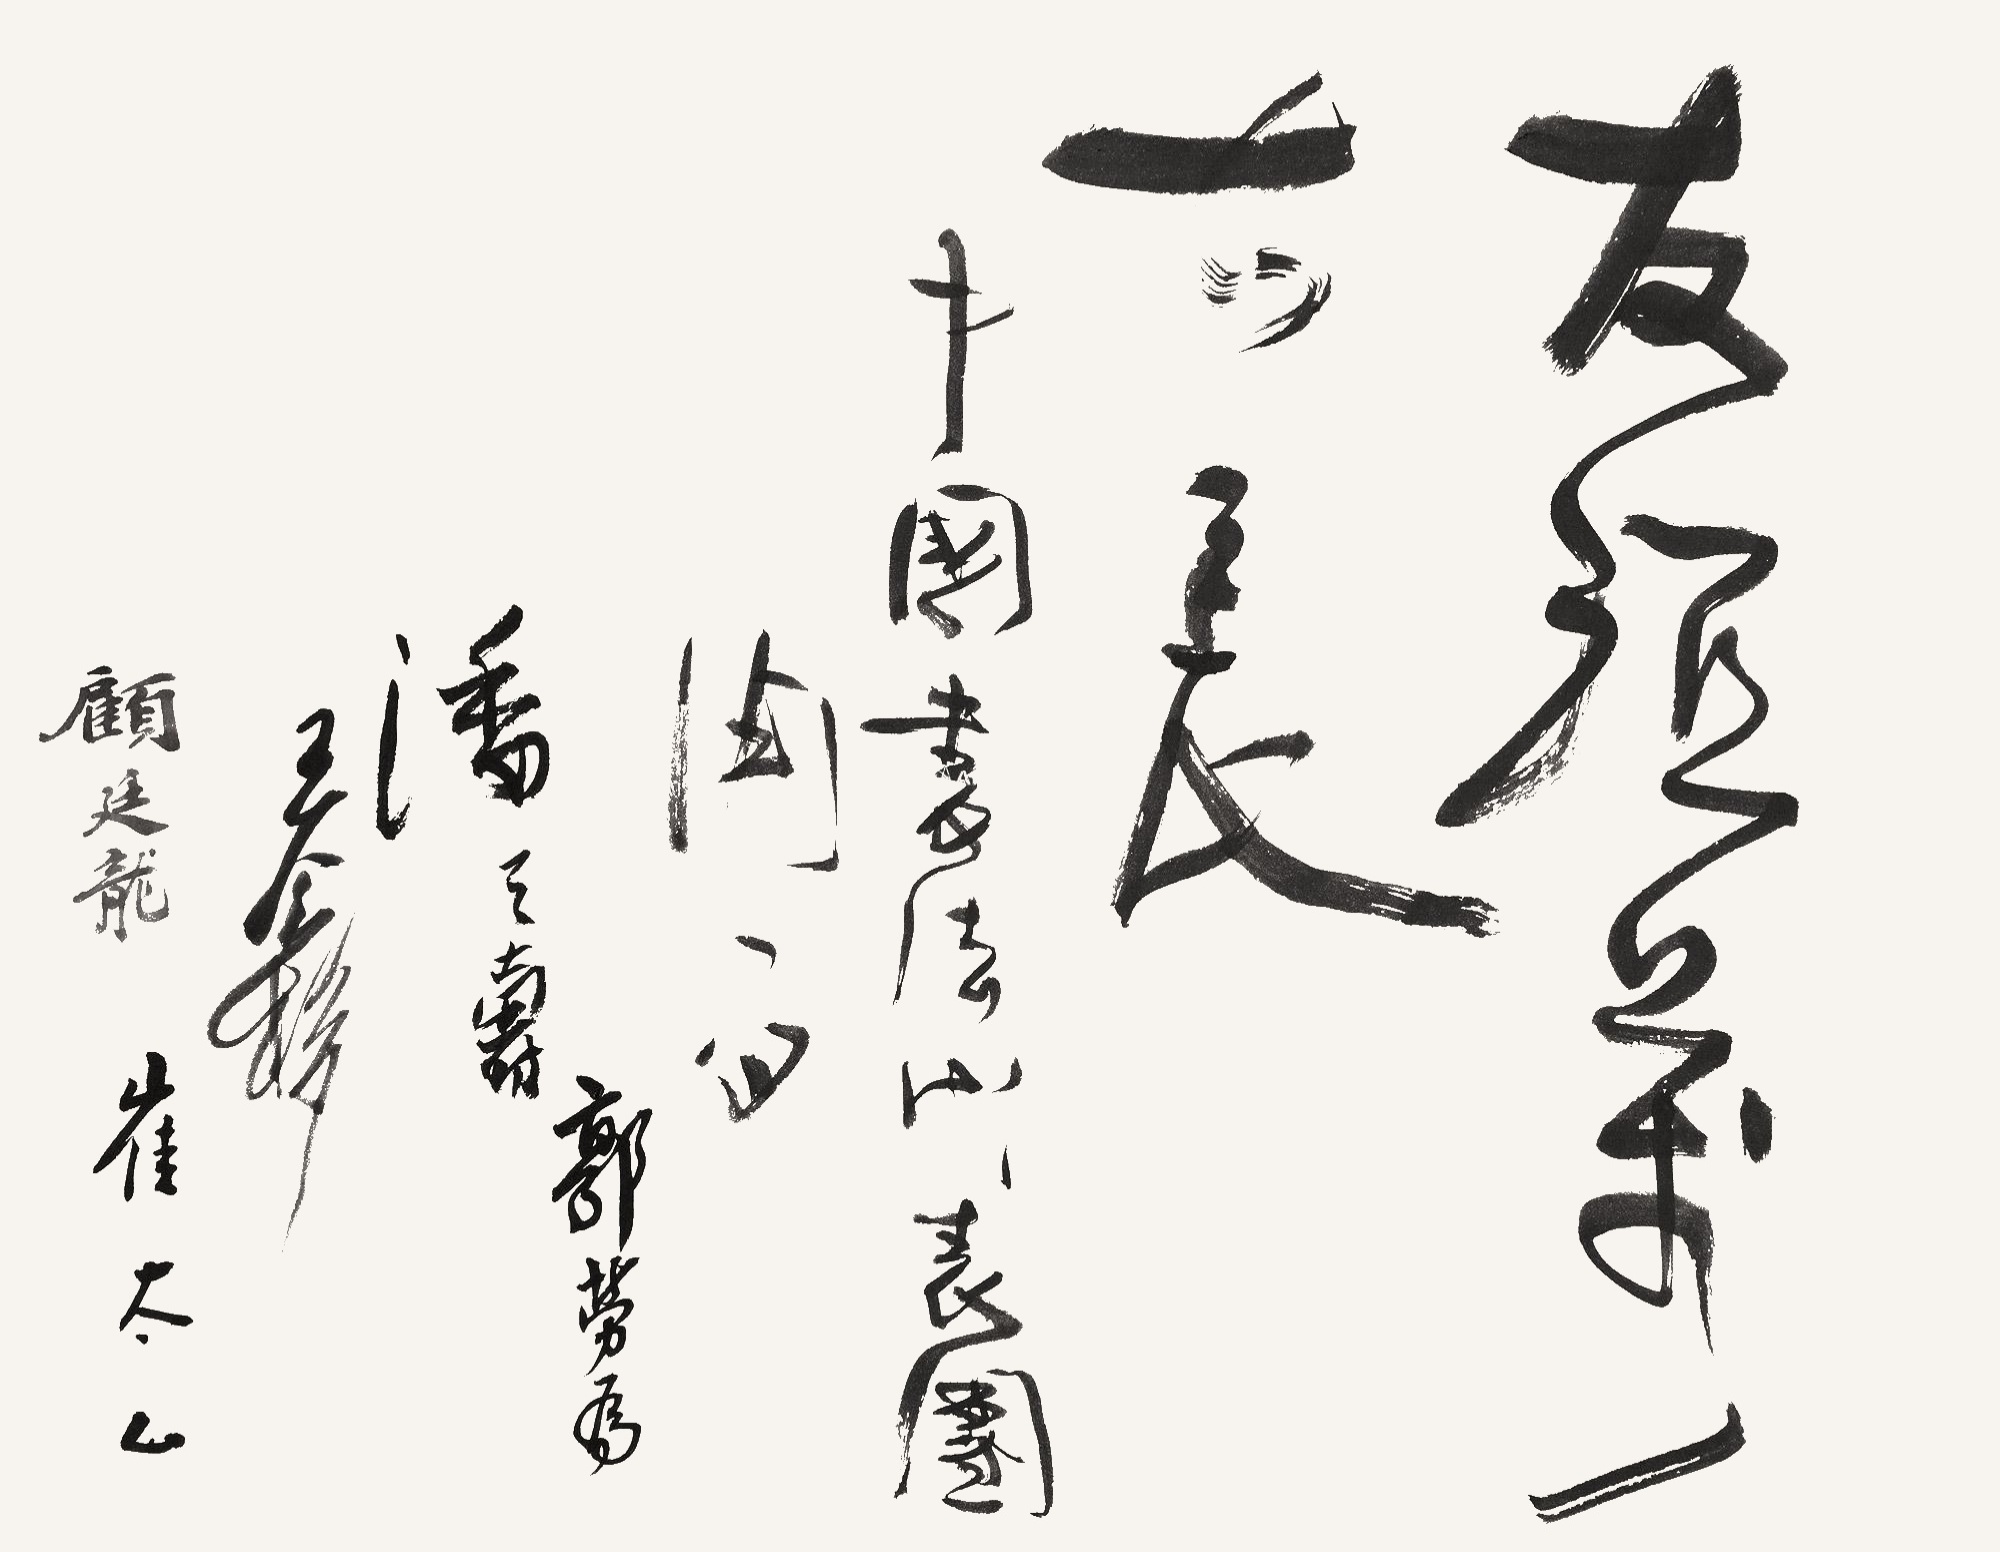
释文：友谊万古长。中国书法代表团。郭劳为、潘天寿、王个簃、顾廷龙、崔太乙。